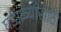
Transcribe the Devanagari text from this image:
घडाळ्यांसाठी